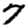
Digit: 7